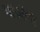
પાડાના